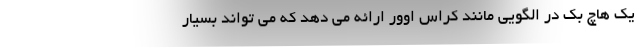
یک هاچ بک در الگویی مانند کراس اوور ارائه می دهد که می تواند بسیار